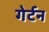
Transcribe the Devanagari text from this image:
गेर्टन